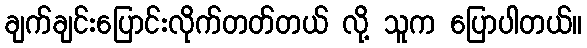
ချက်ချင်းပြောင်းလိုက်တတ်တယ် လို့ သူက ပြောပါတယ်။